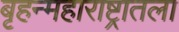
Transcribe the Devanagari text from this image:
बृहन्महाराष्ट्रातला